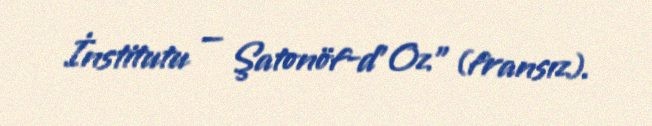
İnstitutu — Şatonöf-d'Oz" (fransız).